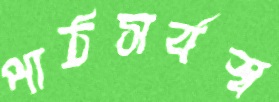
পাঠসর্বস্ব